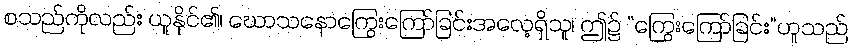
စသည်ကိုလည်း ယူနိုင်၏၊ ဃောသနောကြွေးကြော်ခြင်းအလေ့ရှိသူ၊ ဤ၌ “ကြွေးကြော်ခြင်း”ဟူသည်